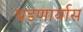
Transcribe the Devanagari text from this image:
घडणार्यास